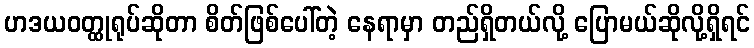
ဟဒယဝတ္ထုရုပ်ဆိုတာ စိတ်ဖြစ်ပေါ်တဲ့ နေရာမှာ တည်ရှိတယ်လို့ ပြောမယ်ဆိုလို့ရှိရင်